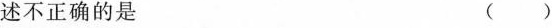
述不正确的是 ( )